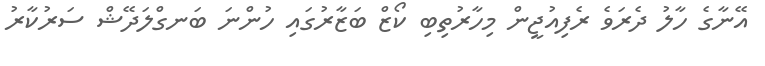
އޭނާގެ ހާލު ދެރަވެ ރެފިއުޖީން މިހާރުތިބި ކޯޒް ބަޒާރުގައި ހުންނަ ބަނގްލަދޭޝް ސަރުކާރު